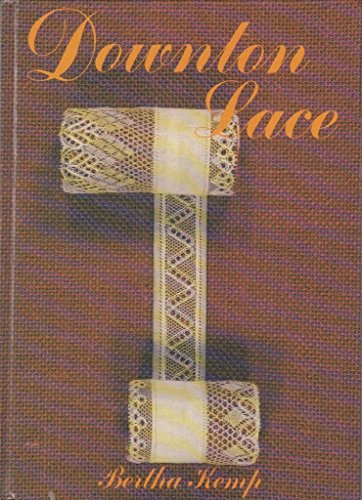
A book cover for Downton lace; Bertha Kemp; Crafts, Hobbies & Home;